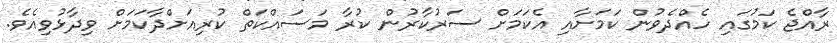
ރާއްޖެ ކަމުގައި ހެއްދެވުން ކަމަށާއި އެކަމަށް ސަރުކާރުން ކުރާ މަސައްކަތް ކުރިއަށްދާކަމަށް ވިދާޅުވިއެވެ.